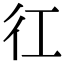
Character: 𢓁